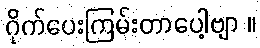
ဂိုက်ပေးကြမ်းတာပေါ့ဗျာ ။